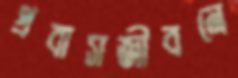
প্রবাসজীবনে